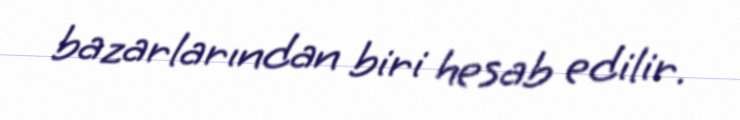
bazarlarından biri hesab edilir.